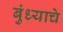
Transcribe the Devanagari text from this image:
बुंध्याचे